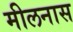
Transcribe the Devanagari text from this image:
मीलनास